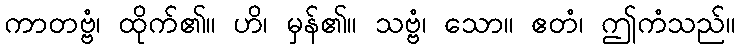
ကာတဗ္ဗံ၊ ထိုက်၏။ ဟိ၊ မှန်၏။ သဗ္ဗံ၊ သော။ ဧတံ၊ ဤကံသည်။